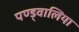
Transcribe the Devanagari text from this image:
पण्ड्वालिया